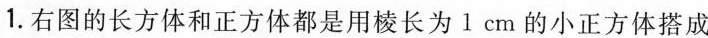
1.右图的长方体和正方体都是用棱长为1cm的小正方体搭成